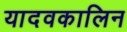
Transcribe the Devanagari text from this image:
यादवकालिन